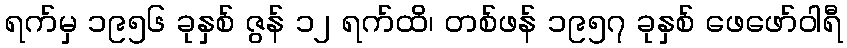
ရက်မှ ၁၉၅၆ ခုနှစ် ဇွန် ၁၂ ရက်ထိ၊ တစ်ဖန် ၁၉၅၇ ခုနှစ် ဖေဖော်ဝါရီ